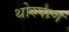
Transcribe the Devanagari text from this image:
थोरपाण